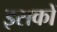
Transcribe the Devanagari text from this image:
इसकों